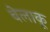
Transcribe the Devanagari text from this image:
बेलाकू